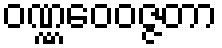
ဝဏ္ဏဝေဝဇ္ဇတာ